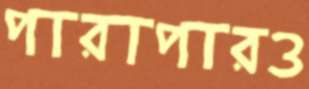
পারাপারও